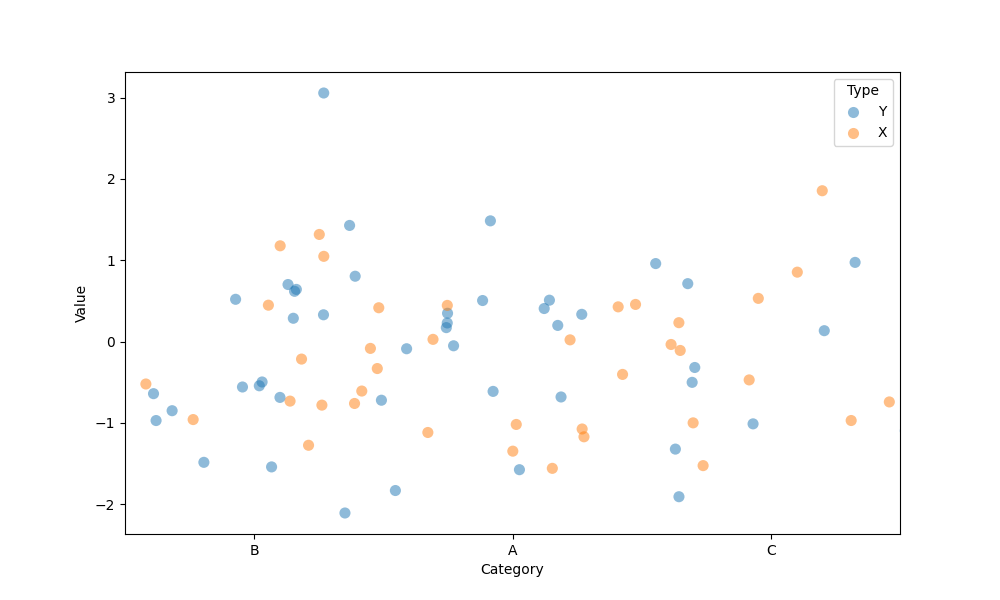
python, seaborn, stripplot, jitter=True, dodge=False, alpha=0.5, size=8